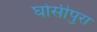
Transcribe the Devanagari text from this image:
घोसीपुरा